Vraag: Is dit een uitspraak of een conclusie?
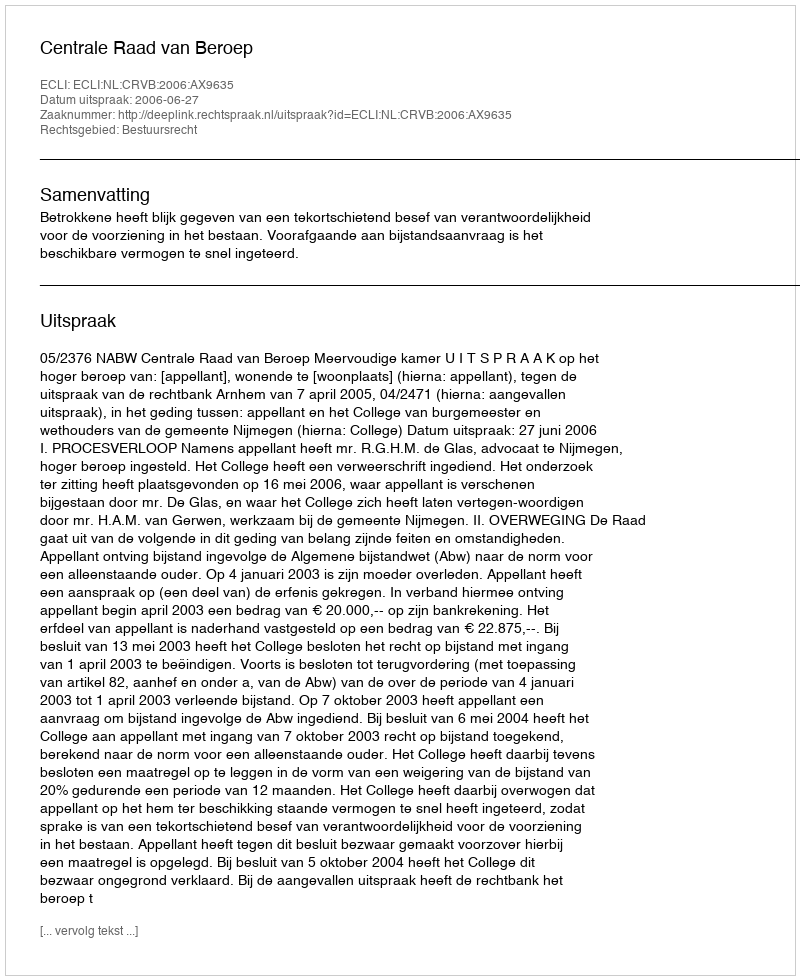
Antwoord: Uitspraak